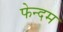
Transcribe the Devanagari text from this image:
फेन्दम